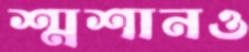
শ্মশানও